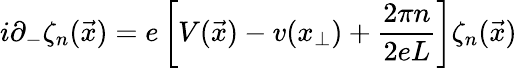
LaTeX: i\partial_{-}\zeta_{n}(\vec{x})=e\left[V(\vec{x})-v(x_{\perp})+\frac{2\pi n}{2eL}\right]\zeta_{n}(\vec{x})